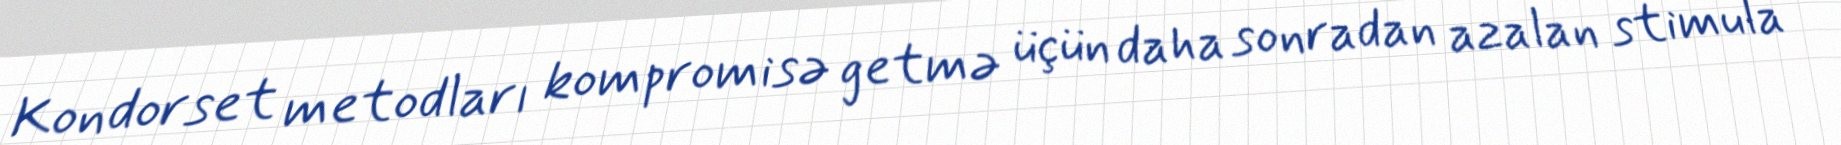
Kondorset metodları kompromisə getmə üçün daha sonradan azalan stimula